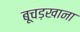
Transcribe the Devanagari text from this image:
बूचड़खाना